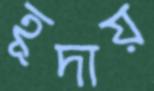
হূদায়